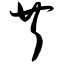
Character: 芹